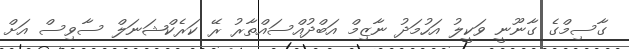
ގާސިމްގެ ގާނޫނީ ވަކީލު އަހުމަދު ނާޒިމް އަބްދުއްސައްތާރު ރޭ ކަރެކްޝަނަލް ސާވިސް އަށް